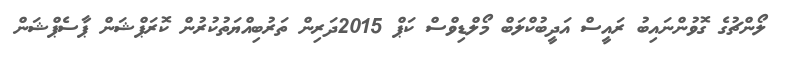
ލޯންޗުގެ ގޮވުންނައިބު ރައީސް އަދީބުކްލަބް މޯލްޑިވްސް ކަޕް 2015ދަރިން ތަރުބިއްޔަތުކުރުން ކޮރަޕްޝަން ޕާސެޕްޝަން